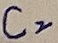
Text: C2